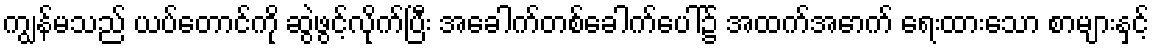
ကျွန်မသည် ယပ်တောင်ကို ဆွဲဖွင့်လိုက်ပြီး အခေါက်တစ်ခေါက်ပေါ်၌ အထက်အောက် ရေးထားသော စာများနှင့်